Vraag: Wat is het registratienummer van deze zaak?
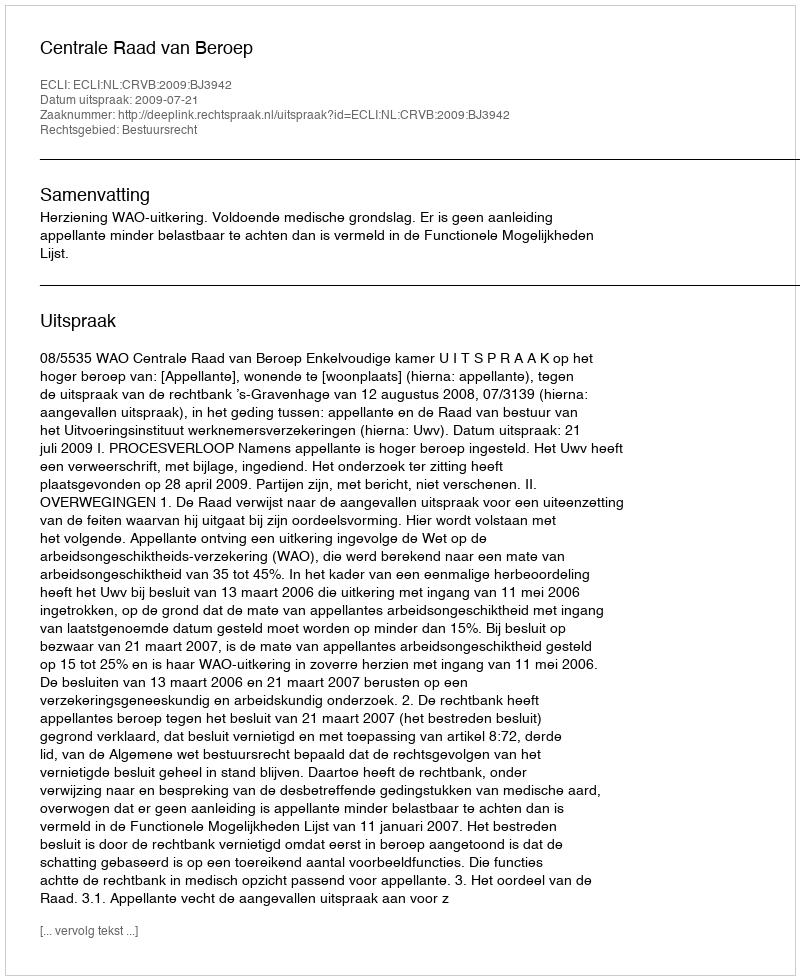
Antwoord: http://deeplink.rechtspraak.nl/uitspraak?id=ECLI:NL:CRVB:2009:BJ3942